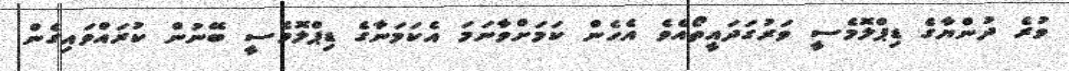
ވުރެ ދުންޔާގެ ޑިޕްލޮމެސީ ވަރުގަދައީތޯއެވެ އެހެން ކަމަށްވާނަމަ އެކަމަނާގެ ޑިޕްލޮމެސީ ބޭނުން ކުރައްވައިގެން